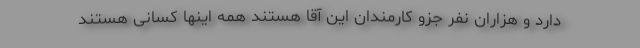
دارد و هزاران نفر جزو کارمندان این آقا هستند همه اینها کسانی هستند